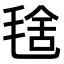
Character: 𣮞